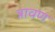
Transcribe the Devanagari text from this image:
त्रावण